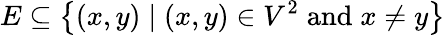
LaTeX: E\subseteq\left\{ (x,y)\mid(x,y)\in V^{2}\; {\textrm{and}}\; x\neq y\right\}